Tartu_kinnistusamet, lk 50
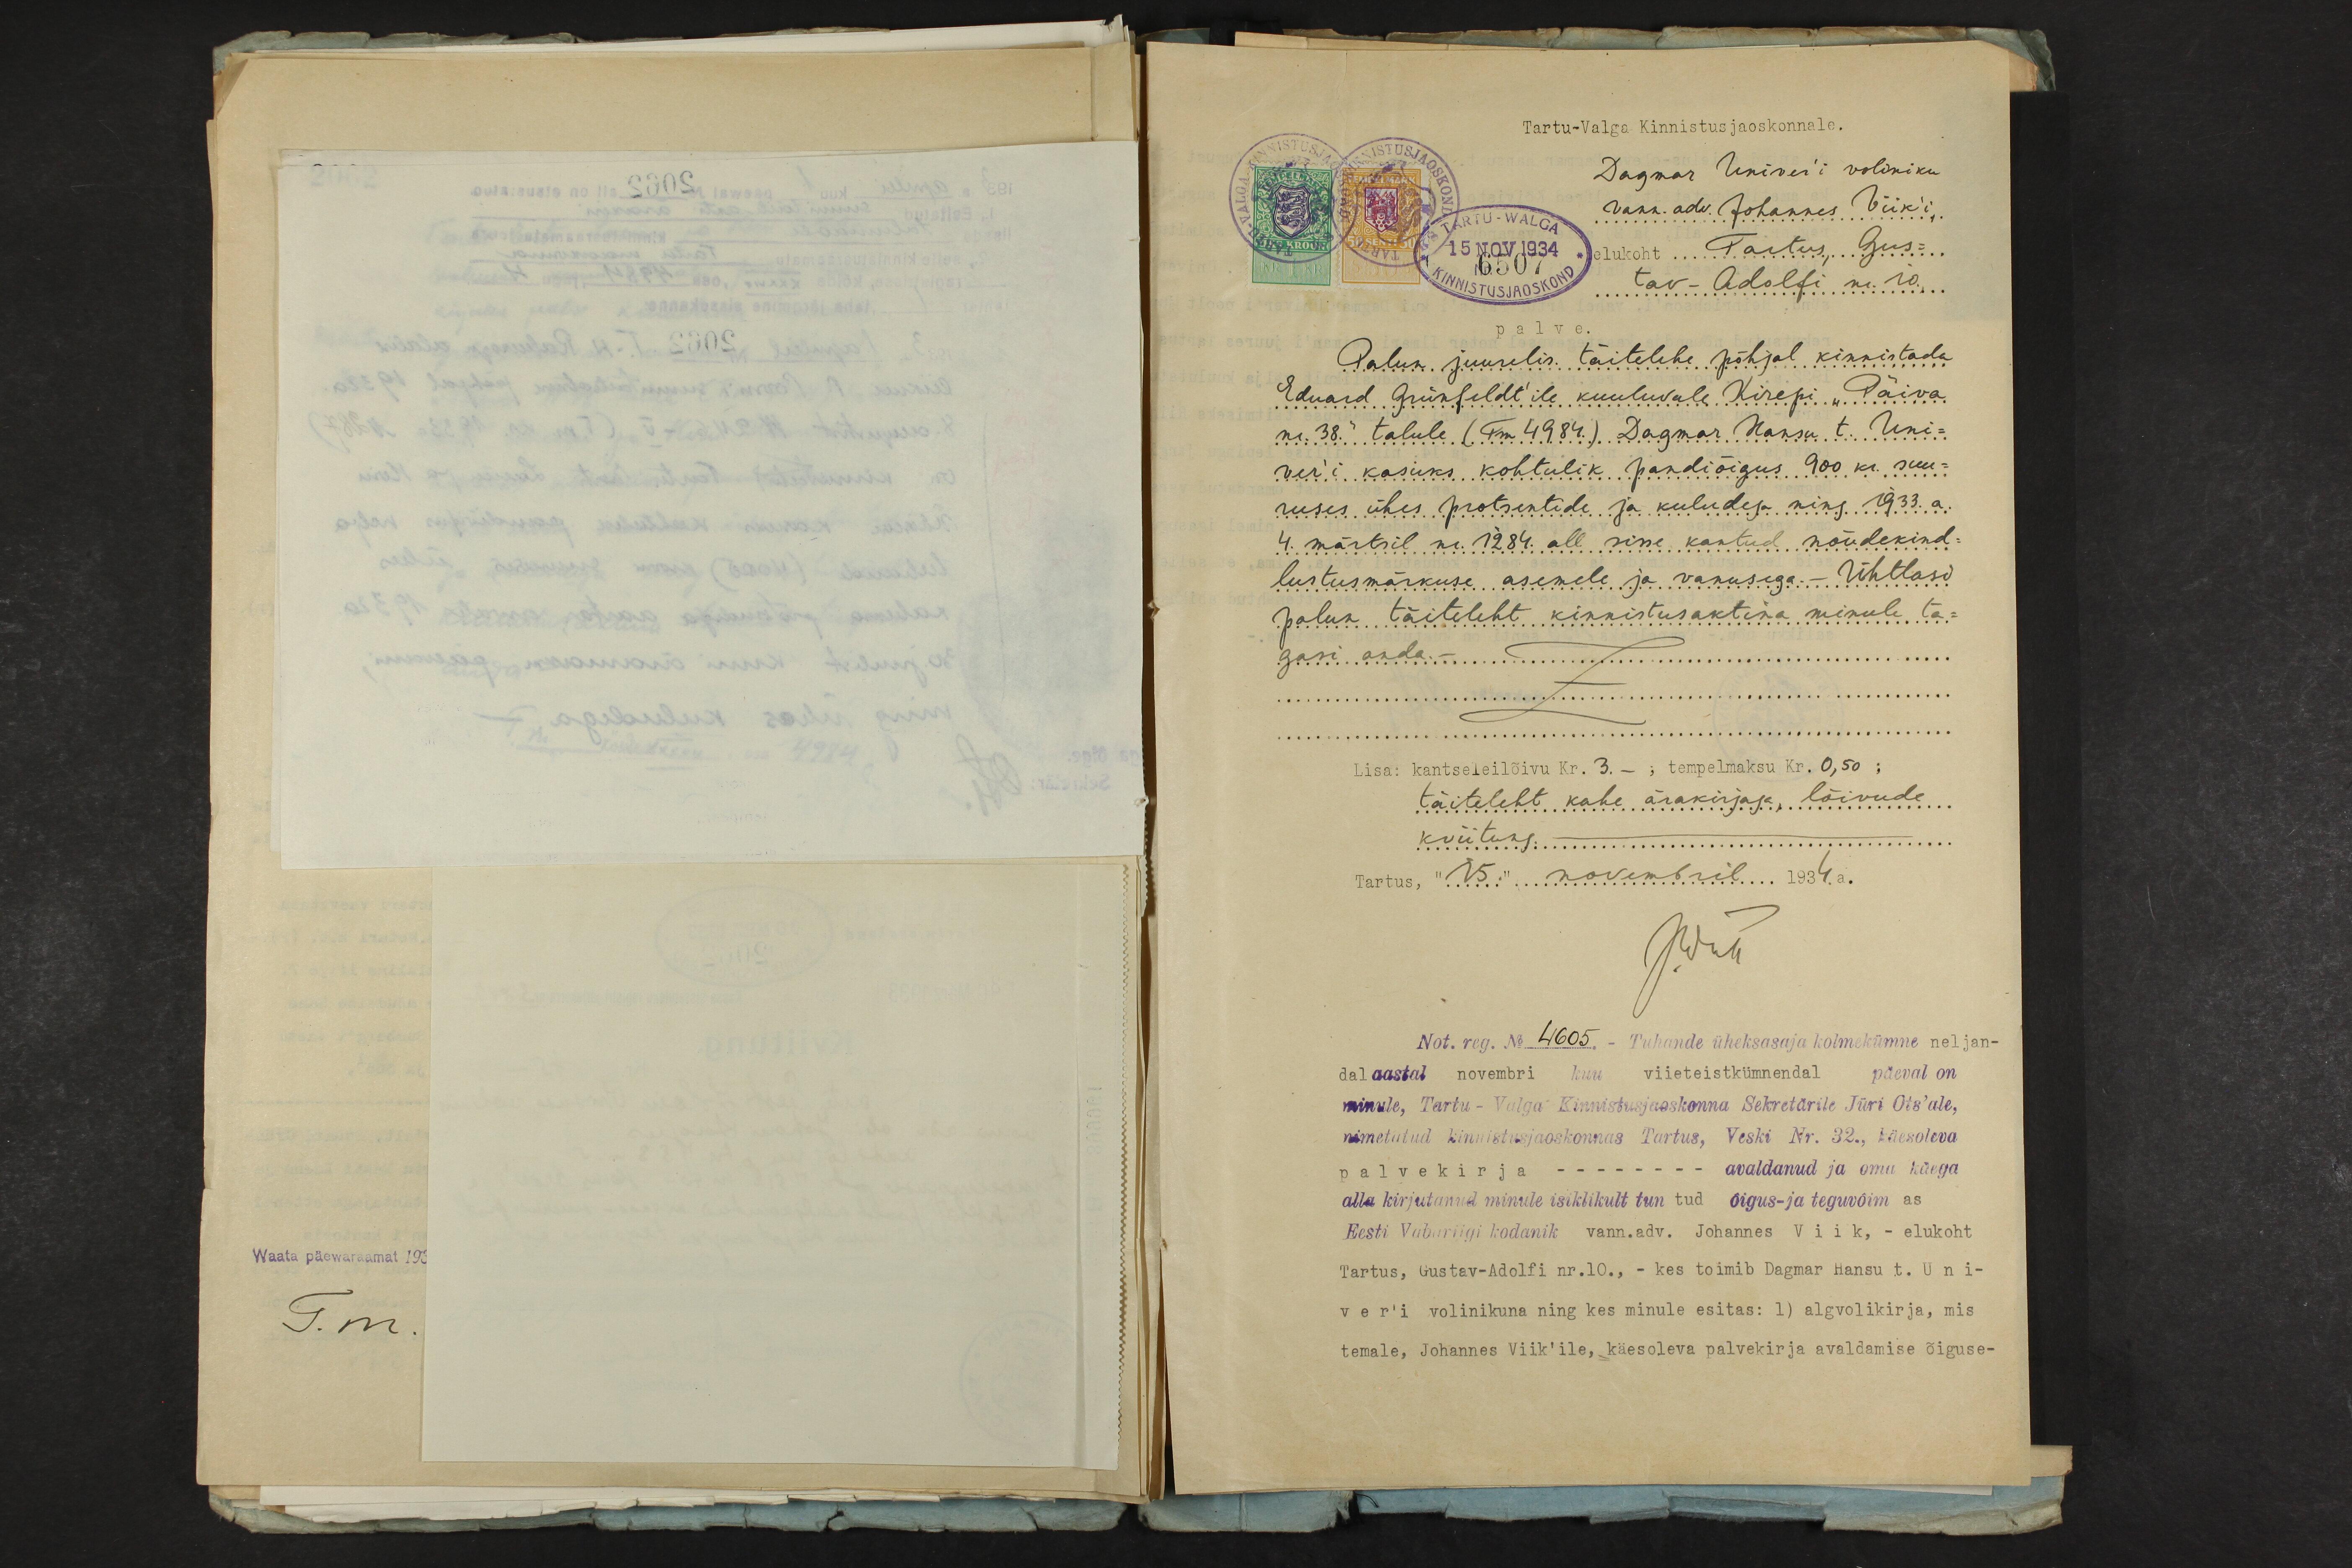
Tartu-Valga Kinnistusjaoskonnale.
Dagmar Univer'i voliniku
Vann. adv. Johannes Viik'i.
TARTU-WALGA
15 NOV 1934
elukoht Tartus, Gus
6570
tav-Adolfi nr. 10
palve.
Palun juurelis. täitelehe põhjal kinnistada
Eduard Grünfeldt'ile kuuluvale. Kirepi "Päiva
nr. 38.“ talule (Tm. 4984.) Dagmar Hansu t. Uni-
ver'i kasuks kohtulik pandiõigus 900 kr. suu-
ruses ühes protsentide ja kuludega ning 1933.a.
4. märtsil nr. 1284 all sisse kantud nõudekind-
lustusmärkuse asemele ja vanusega.- Ühtlasi
palun täiteleht kinnistusaktina minule ta-
gasi anda -
Lisa: kantseleilõivu Kr. 3.-; tempelmaksu Kr. 0,50 ;
täiteleht kahe ärakirjaga, lõivude
kviitung.
Tartus,"15" novembril 1934.a.
Лднъ
Not. reg. No 4695. - Tuhande üheksasaja kolmekümne neljan-
dal aastal novembri kuu viieteistkümnendal päeval on
minule, Tartu - Valga Kinnistusjaoskonna Sekretärile Jüri Ots'ale,
nimetatud kinnistusjaoskonnas Tartus, Veski Nr. 32., käesoleva
palvekirja - avaldanud ja oma käega
alla kirjutanud minule isiklikult tuntud õigus- ja teguvõimas-
Eesti Vabariigi kodanik vann.adv. Johannes Viik, - elukoht
Tartus, Gustav-Adolfi nr.10., - kes toimib Dagmar Hansu t. Uni-
ver'i volinikuna ning kes minule esitas: 1) algvolikirja, mis
temale, Johannes Viik'ile, käesoleva palvekirja avaldamise õiguse-